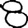
Digit: 8